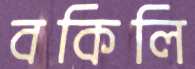
বকিলি